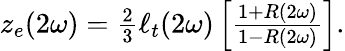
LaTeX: \begin{array}{r}{z_{e}(2\omega)=\frac{2}{3}\ell_{t}(2\omega)\left[\frac{1+R(2\omega)}{1-R(2\omega)}\right].}\end{array}